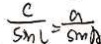
\frac { c } { \sin l } = \frac { a } { \sin A }